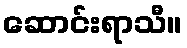
ဆောင်းရာသီ။